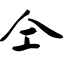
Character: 仝